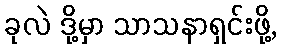
ခုလဲ ဒို့မှာ သာသနာရှင်းဖို့,